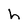
Character: h